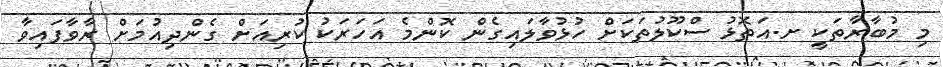
މި މުބާރާތަކީ ށ.އަތޮޅު ސްކޫލުތަކަށް ހުޅުވާލައިގެން ކޮންމެ އަހަރަކު ކުރިއަށް ގެންދިއުމަށް ރާވާފައިވާ